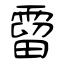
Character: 霤